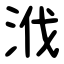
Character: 浌